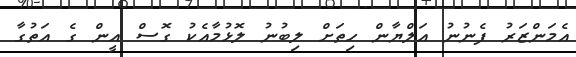
އެމަންޒަރު ފެނުނު އަލްޔާން ހިތަށް ލިބުނު ލޮޅުމާއެކު ގޮސް އީން ގެ އަތުގާ